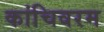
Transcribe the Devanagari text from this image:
कांचिवरम